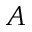
A